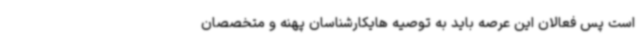
است پس فعالان این عرصه باید به توصیه هایکارشناسان پهنه و متخصصان